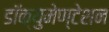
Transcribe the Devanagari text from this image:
डॉक्युमेण्टेशन